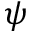
\psi